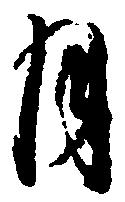
月